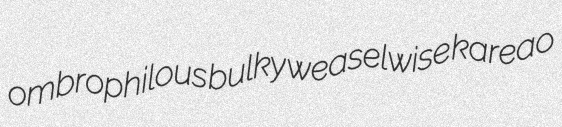
ombrophilous bulky weaselwise kareao